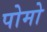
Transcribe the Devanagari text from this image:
पोमो